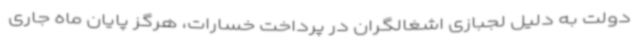
دولت به دلیل لجبازی اشغالگران در پرداخت خسارات، هرگز پایان ماه جاری